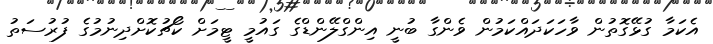
އެކަމާ ގުޅޭގޮތުން ވާހަކަދައްކަމުން ވެންގާ ބުނީ އިންގްލޭންޑްގެ ގައުމީ ޓީމަށް ކޯޗުކޮށްދިނުމުގެ ފުރުސަތު